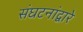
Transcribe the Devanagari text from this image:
संघटनांद्वारे